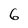
Character: 6